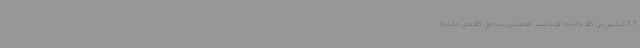
7.7 میلیون تن کالا جابه‌جا کرده است. همچنین رتبه اول کالاهای جابه‌جا